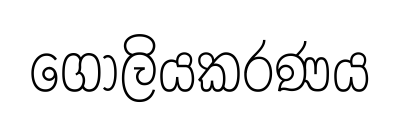
ගෝලියකරණය